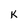
Character: K